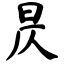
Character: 昃